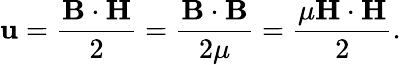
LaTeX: \mathbf{u}={\frac{{\mathbf{{B}}\cdot\mathbf{{H}}}}{{2}}}={\frac{{\mathbf{{B}}\cdot\mathbf{{B}}}}{{2\mu}}}={\frac{{\mu\mathbf{{H}}\cdot\mathbf{{H}}}}{{2}}}.